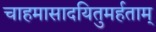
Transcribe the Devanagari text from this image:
चाहमासादयितुमर्हताम्‌